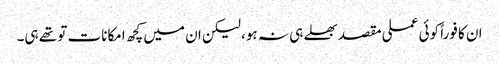
ان کا فوراً کوئی عملی مقصد بھلے ہی نہ ہو، لیکن ان میں کچھ امکانات تو تھے ہی۔